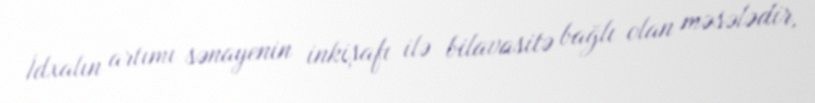
İdxalın artımı sənayenin inkişafı ilə bilavasitə bağlı olan məsələdir,